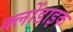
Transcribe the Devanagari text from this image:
क्लोंडाइक